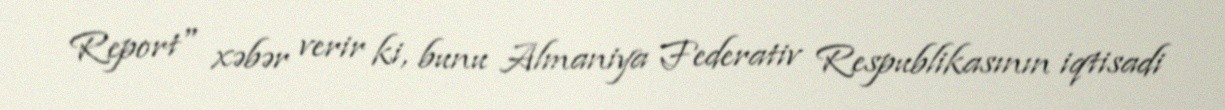
Report" xəbər verir ki, bunu Almaniya Federativ Respublikasının iqtisadi